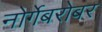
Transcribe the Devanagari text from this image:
नोर्गेबरोबर